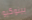
بينوكيو